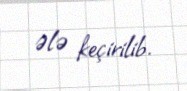
ələ keçirilib.